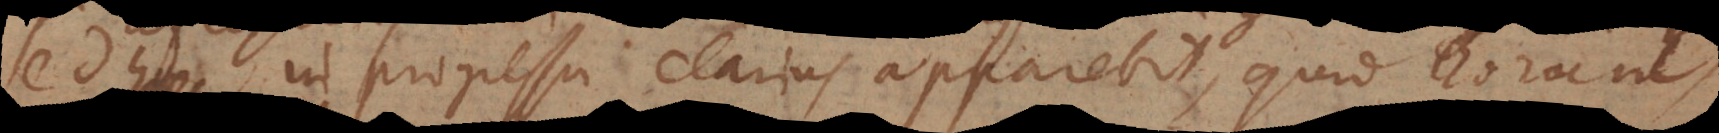
sed haec in progressu clarius apparebit, quid hor